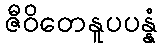
ဇီဝိတေနူပပန္နံ